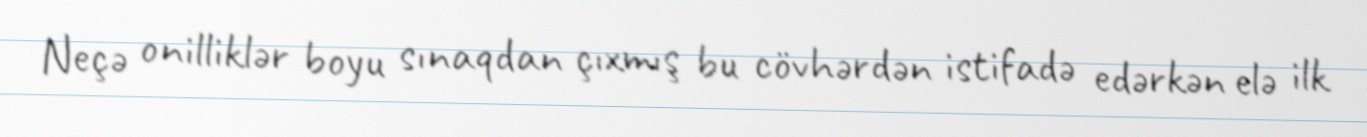
Neçə onilliklər boyu sınaqdan çıxmış bu cövhərdən istifadə edərkən elə ilk